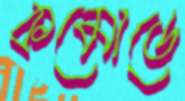
কমোডে